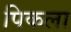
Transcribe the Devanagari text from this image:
पिकला